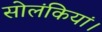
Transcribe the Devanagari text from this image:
सोलंकियां।